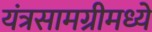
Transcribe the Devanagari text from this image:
यंत्रसामग्रीमध्ये